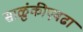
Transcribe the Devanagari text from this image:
साळुंकीएवढा